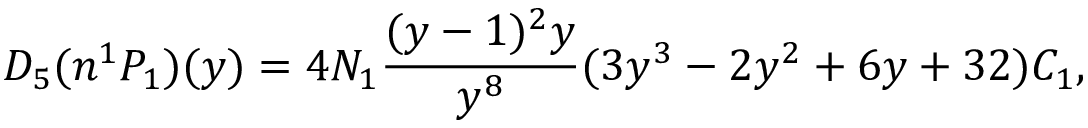
D _ { 5 } ( n ^ { 1 } P _ { 1 } ) ( y ) = 4 N _ { 1 } \frac { ( y - 1 ) ^ { 2 } y } { y ^ { 8 } } ( 3 y ^ { 3 } - 2 y ^ { 2 } + 6 y + 3 2 ) C _ { 1 } ,